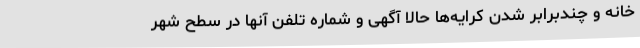
خانه و چندبرابر شدن کرایه‌ها حالا آگهی و شماره تلفن آنها در سطح شهر